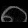
Digit: ၈